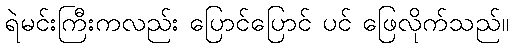
ရဲမင်းကြီးကလည်း ပြောင်ပြောင် ပင် ဖြေလိုက်သည်။